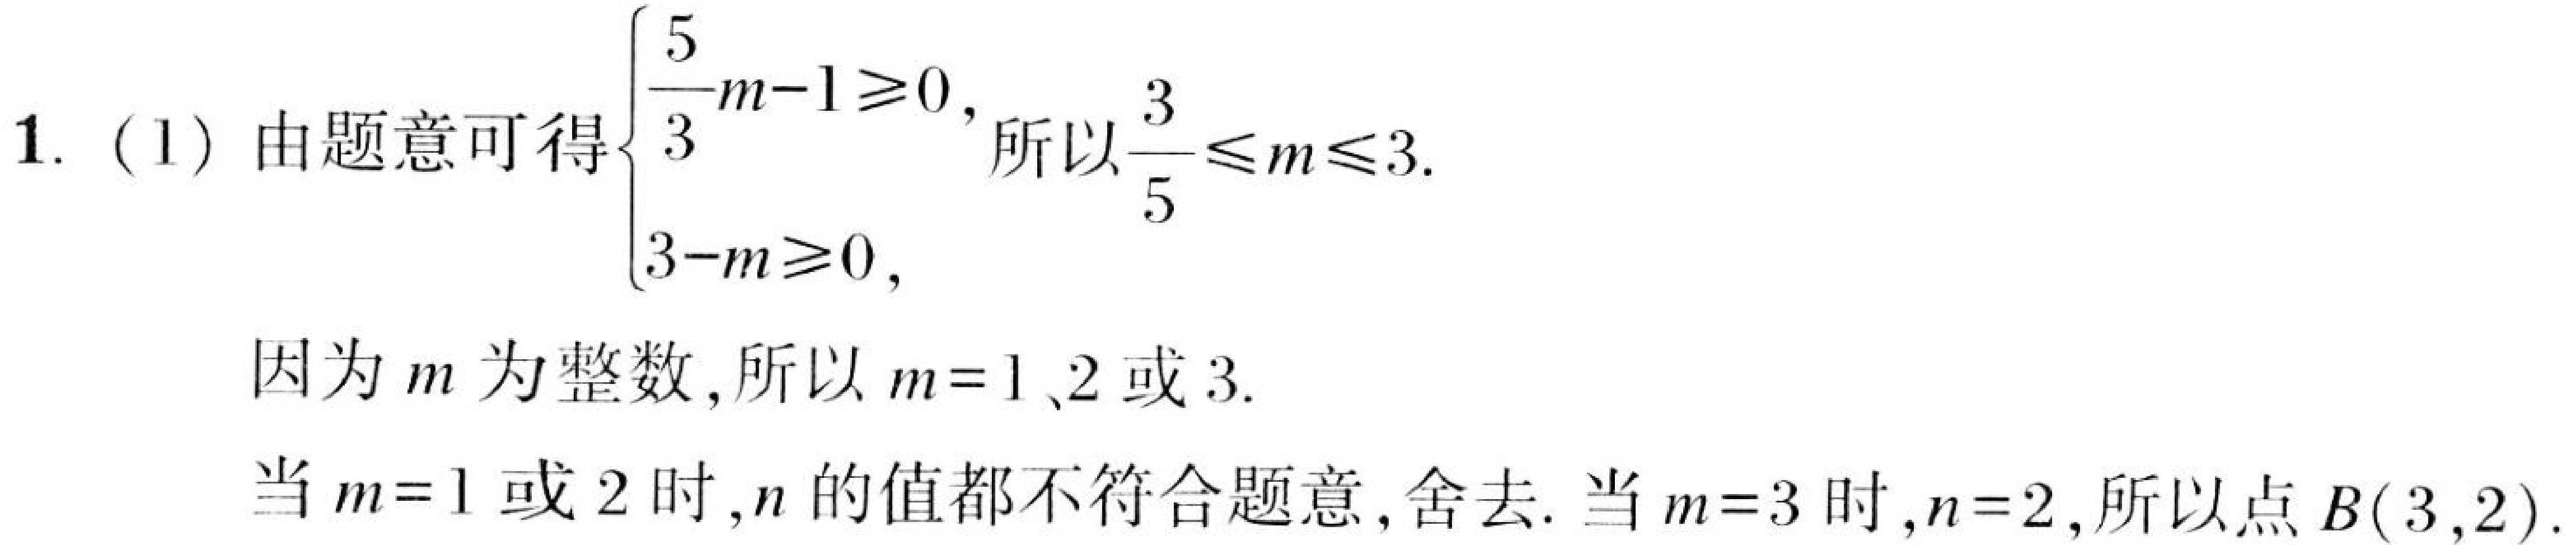
1. (1) 由题意可得\(\begin{cases}\frac{5}{3}m - 1\geq0,\\3 - m\geq0,\end{cases}\)所以\(\frac{3}{5}\leq m\leq3\).
因为 \(m\) 为整数，所以 \(m = 1\)、\(2\) 或 \(3\).
当 \(m = 1\) 或 \(2\) 时，\(n\) 的值都不符合题意，舍去. 当 \(m = 3\) 时，\(n = 2\)，所以点 \(B(3,2)\).